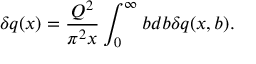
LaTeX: \delta q ( x ) = \frac { Q ^ { 2 } } { \pi ^ { 2 } x } \int _ { 0 } ^ { \infty } b d b \delta q ( x , b ) .